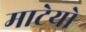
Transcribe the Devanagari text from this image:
माटेयो